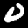
Digit: 0